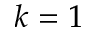
k = 1